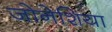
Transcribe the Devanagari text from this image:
जोनेशिया